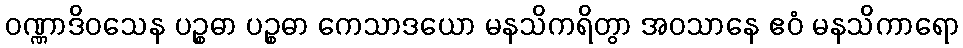
ဝဏ္ဏာဒိဝသေန ပဉ္စဓာ ပဉ္စဓာ ကေသာဒယော မနသိကရိတွာ အဝသာနေ ဧဝံ မနသိကာရော